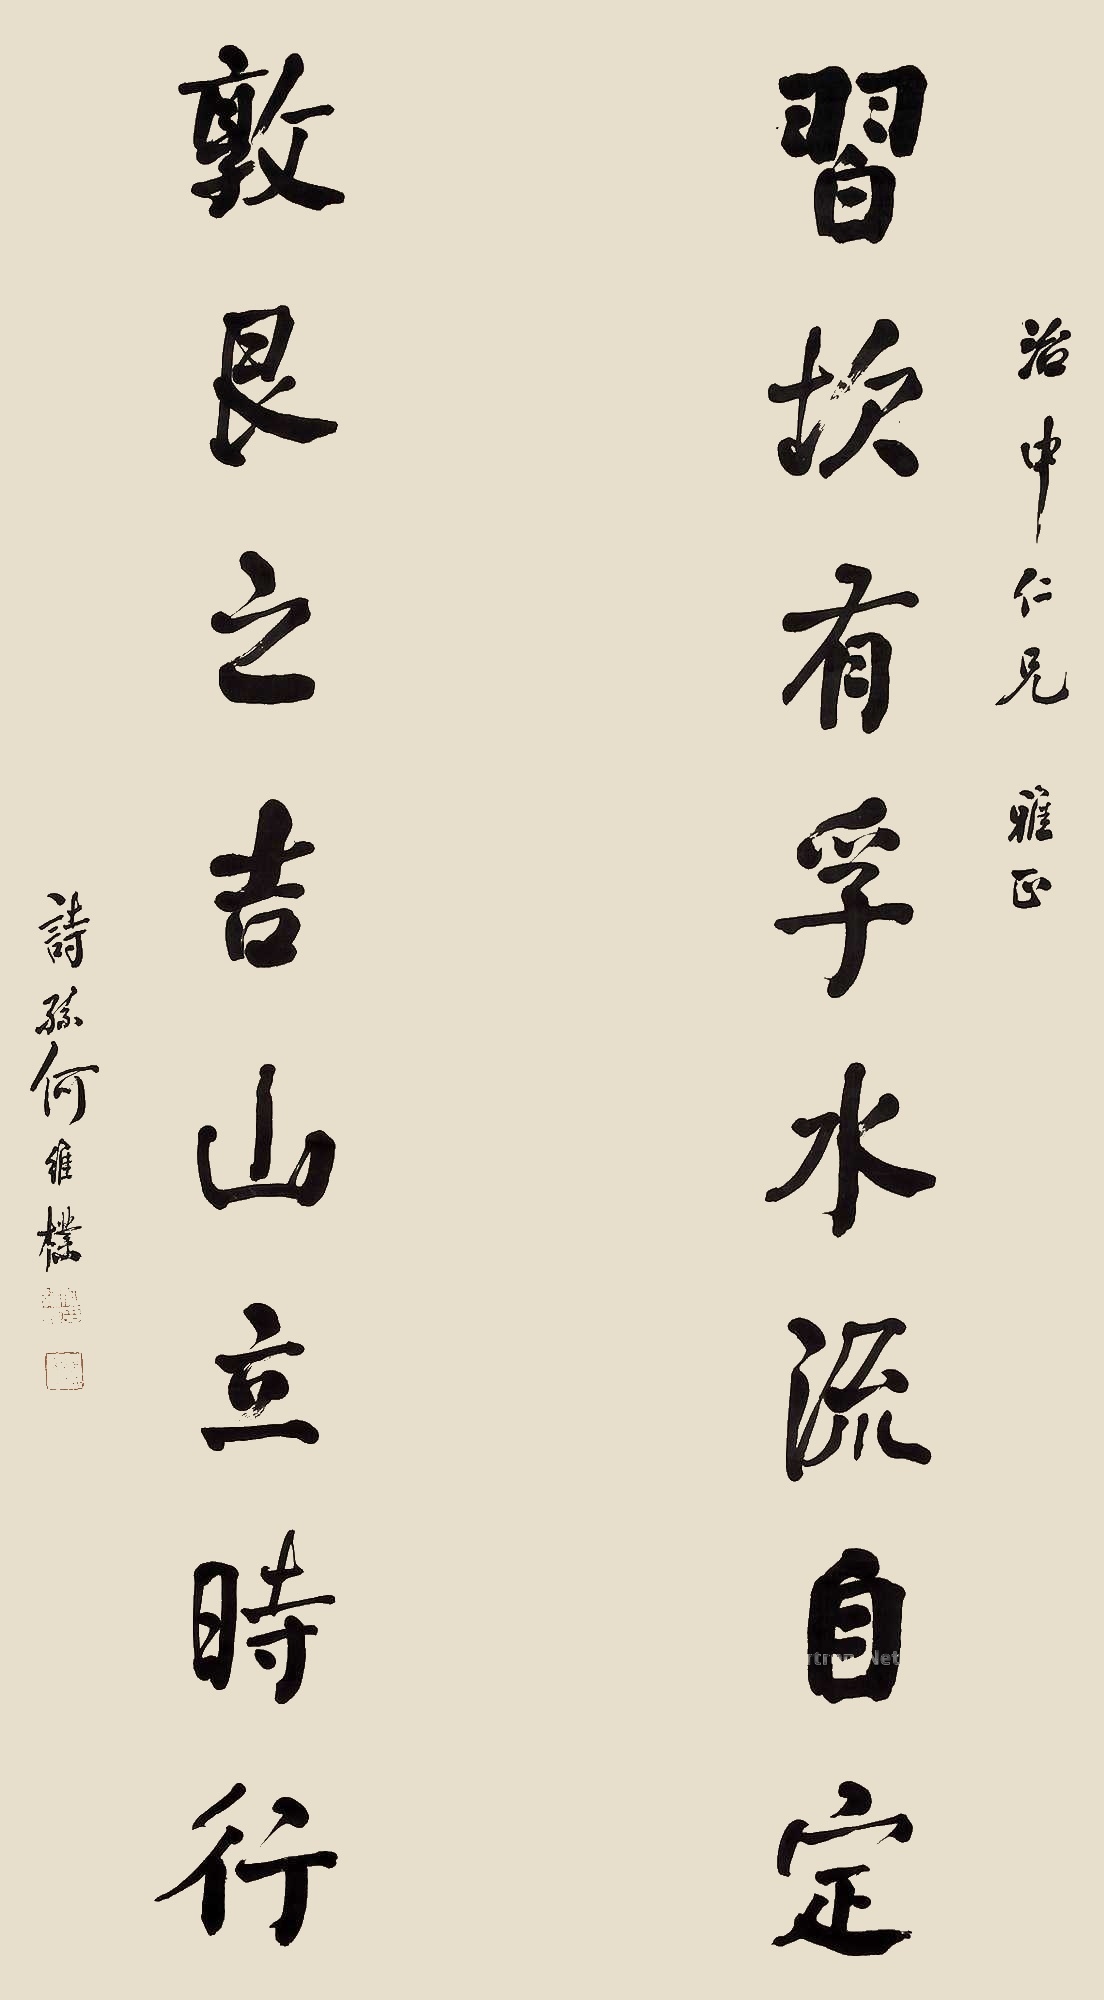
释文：习坎有孚水流自定，敦艮之吉山立时行。治中仁兄雅正，诗孙何维朴。